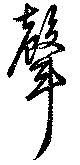
聲